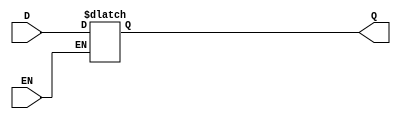
module async_gated_latch (
    input wire D,      // Data input
    input wire EN,     // Enable signal
    output reg Q       // Output
);

// Always block to implement the latch functionality
always @(*) begin
    if (EN) begin
        Q = D;        // When EN is high, Q follows D
    end
    // When EN is low, Q retains its last value (no assignment needed)
end

endmodule